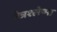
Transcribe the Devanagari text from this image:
नेत्रश्लेष्मा